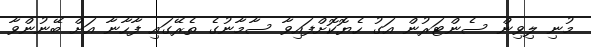
މުނި ލިވިން ސެންޓަރުން އަގު ހެޔޮކޮށްފައިވާ ސާމާނުގެ ތެރޭގައި ފާހާނާ އަށް ބޭނުންވާ